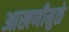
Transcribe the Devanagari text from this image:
आखणीमुळे